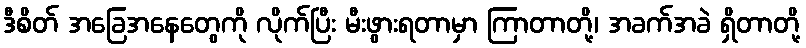
ဒီစိတ် အခြေအနေတွေကို လိုက်ပြီး မီးဖွားရတာမှာ ကြာတာတို့၊ အခက်အခဲ ရှိတာတို့